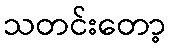
သတင်းတော့